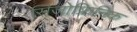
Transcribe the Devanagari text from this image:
सिजोफ्रिनिक